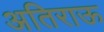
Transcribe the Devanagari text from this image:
अतिराऊ